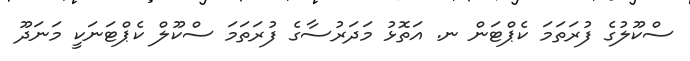
ސްކޫލުގެ ފުރަތަމަ ކެޕްޓަން ނ. އަތޮޅު މަދަރުސާގެ ފުރަތަމަ ސްކޫލް ކެޕްޓަނަކީ މަނަދޫ